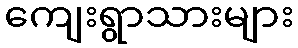
ကျေးရွာသားများ